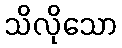
သိလိုသော